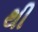
થી